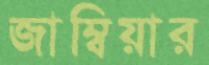
জাম্বিয়ার